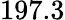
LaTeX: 197.3